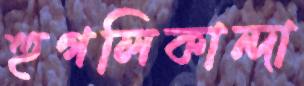
হুগলিকান্দা